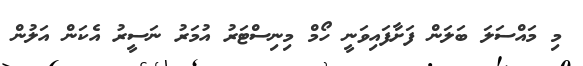
މި މައްސަލަ ބަލަން ފަށާފައިވަނީ ހޯމް މިނިސްޓަރު އުމަރު ނަސީރު އެކަން އަލުން